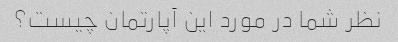
نظر شما در مورد این آپارتمان چیست؟